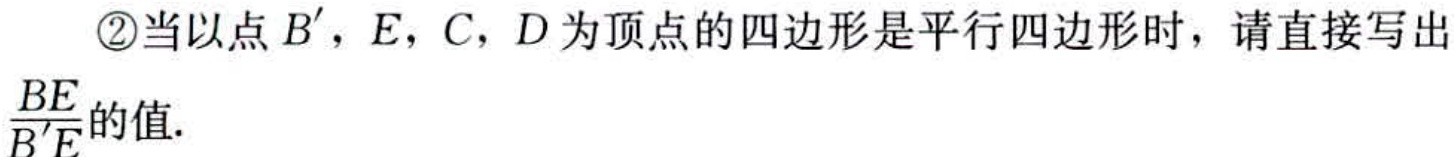
\textcircled{2}当以点\(B'\)，\(E\)，\(C\)，\(D\)为顶点的四边形是平行四边形时，请直接写出\(\frac{BE}{B'E}\)的值.